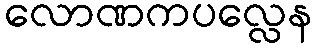
လောဏကပလ္လေန